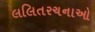
લલિતરચનાઓ